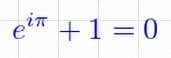
e^{i\pi}+1=0